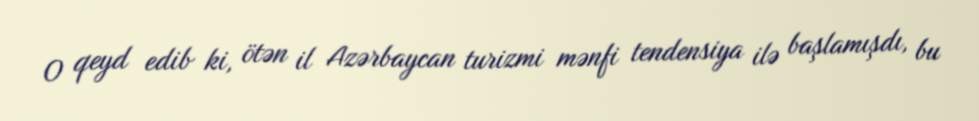
O qeyd edib ki, ötən il Azərbaycan turizmi mənfi tendensiya ilə başlamışdı, bu